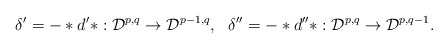
\begin{align*}\delta^\prime =-\ast d^\prime \ast : {\cal D}^{p,q} \rightarrow {\cal D}^{p-1,q}, \ \ \delta^{\prime \prime} =-\ast d^{\prime \prime}\ast : {\cal D}^{p,q} \rightarrow {\cal D}^{p,q-1}.\end{align*}